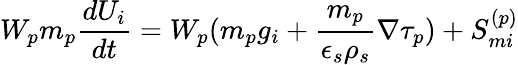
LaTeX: W_{p}m_{p}\frac{dU_{i}}{dt}=W_{p}(m_{p}g_{i}+\frac{m_{p}}{\epsilon_{s}\rho_{s}}\nabla\tau_{p})+S_{mi}^{(p)}